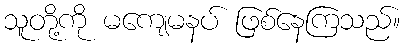
သူတို့ကို မကျေမနပ် ဖြစ်နေကြသည်။